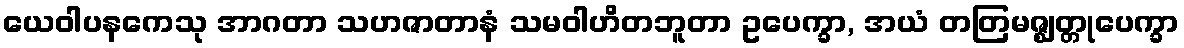
ယေဝါပနကေသု အာဂတာ သဟဇာတာနံ သမဝါဟိတဘူတာ ဥပေက္ခာ, အယံ တတြမဇ္ဈတ္တုပေက္ခာ